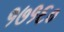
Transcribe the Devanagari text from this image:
१७१६०